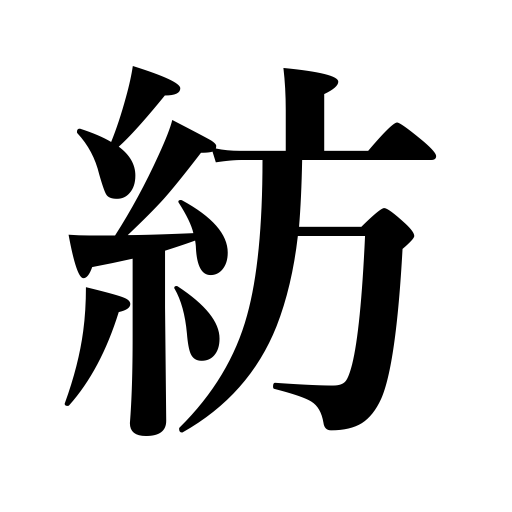
Meanings: spin,make yarn